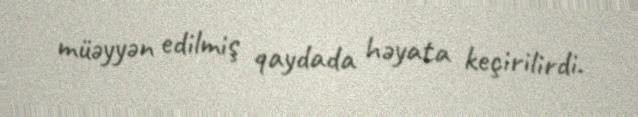
müəyyən edilmiş qaydada həyata keçirilirdi.